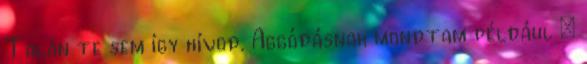
Talán te sem így hívod. Aggódásnak mondtam például –